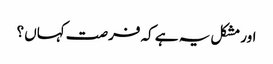
اور مشکل یہ ہے کہ فرصت کہاں ؟